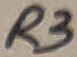
Text: R3